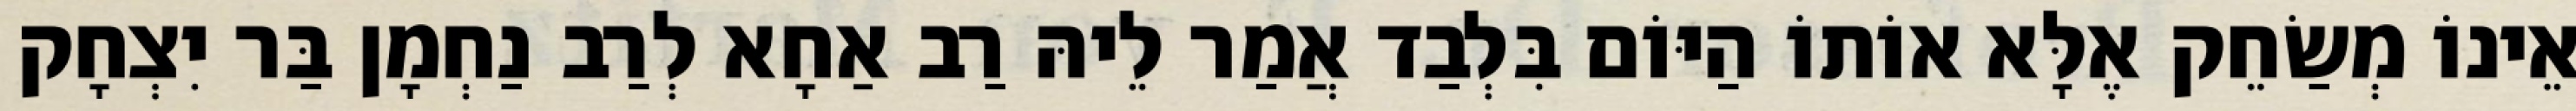
אֵינוֹ מְשַׂחֵק אֶלָּא אוֹתוֹ הַיּוֹם בִּלְבַד אֲמַר לֵיהּ רַב אַחָא לְרַב נַחְמָן בַּר יִצְחָק